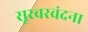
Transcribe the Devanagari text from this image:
सूरवरवंदना